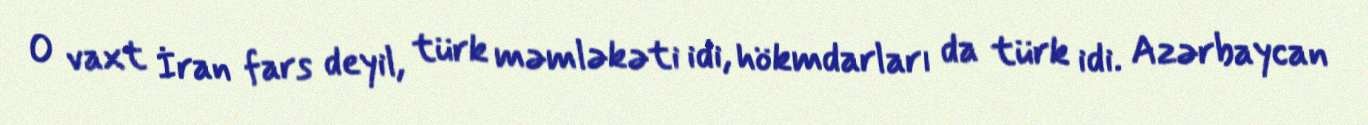
O vaxt İran fars deyil, türk məmləkəti idi, hökmdarları da türk idi. Azərbaycan